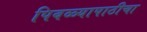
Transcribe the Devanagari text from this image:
पिवळ्यापाठीचा